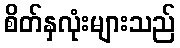
စိတ်နှလုံးများသည်